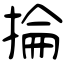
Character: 掄